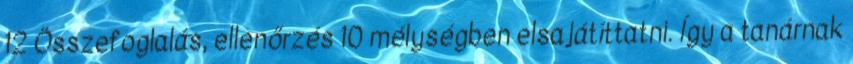
12 Összefoglalás, ellenőrzés 10 mélységben elsajátíttatni. Így a tanárnak